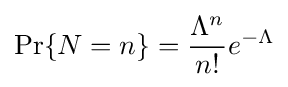
\Pr\{N=n\}={\frac {\Lambda ^{n}}{n!}}e^{-\Lambda }